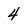
Character: 4